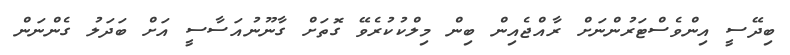
ބިދޭސީ އިންވެސްޓަރުންނަށް ރާއްޖެއިން ބިން މިލްކުކުރެވޭ ގޮތަށް ގާނޫނުއަސާސީ އަށް ބަދަލު ގެންނަން